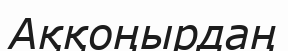
Аққоңырдаң